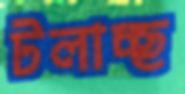
টলাচ্ছ